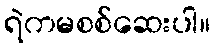
ရဲကမစစ်ဆေးပါ။